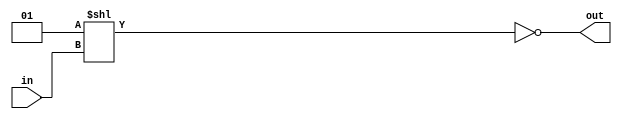
`timescale 1ns / 1ps
//////////////////////////////////////////////////////////////////////////////////
// Company: 
// Engineer: 
// 
// Design Name: 
// Module Name: activeLowDecoder
// Project Name: 
// Target Devices: 
// Tool Versions: 
// Description: 
// 
// Dependencies: 
// 
// Revision:
// Revision 0.01 - File Created
// Additional Comments:
// 
//////////////////////////////////////////////////////////////////////////////////


module activeLowDecoder #(parameter width = 2) (
    output [2**width-1:0] out,
    input [width-1:0] in
);
assign out = ~(1 << in);
endmodule